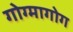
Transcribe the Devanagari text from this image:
गोग्मागोग